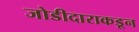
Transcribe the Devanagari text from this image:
जोडीदाराकडून